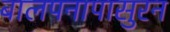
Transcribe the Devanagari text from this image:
बालपनापासुरन